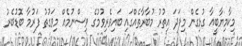
މިކާމިޔާބީއާ ގުޅިގެން މިފަދަ އިތުރު މުބާރާތެއްގައި ބައިވެރިވުމުގެ ވިސްނުމެއް މިވަގުތު ފަރުމާ ބޮޑުބެރު